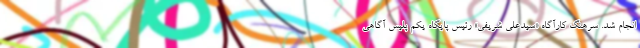
انجام شد. سرهنگ کارآگاه «سیدعلی شریفی» رئیس پایگاه یکم پلیس آگاهی